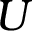
U